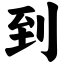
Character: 到